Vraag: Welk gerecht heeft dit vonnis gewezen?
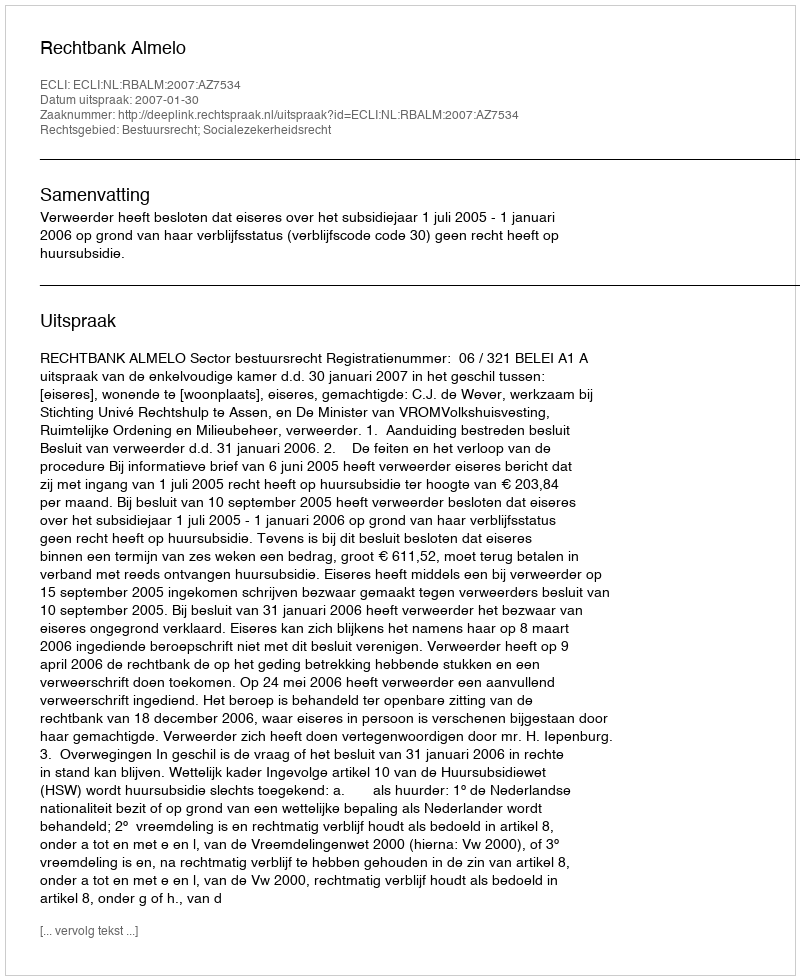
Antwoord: Rechtbank Almelo